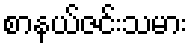
စာနယ်ဇင်းသမား